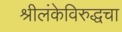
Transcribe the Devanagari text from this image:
श्रीलंकेविरुद्धचा